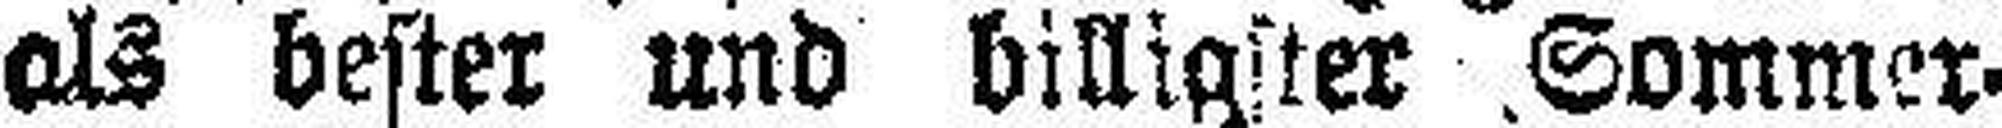
als bester und billigster Sommer.